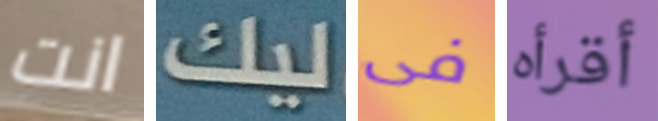
انت ليك فى أقرأه